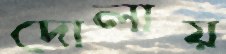
দোলায়